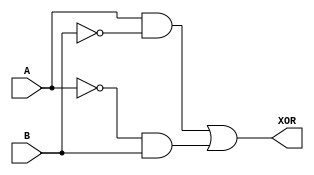
module xor_gate_using_transmission_gates (
    input A,
    input B,
    output XOR
);

wire gate1, gate2;

//Transmission gates passing input signals
assign gate1 = A & ~B;
assign gate2 = ~A & B;

//Combining outputs through OR gate
assign XOR = gate1 | gate2;

endmodule